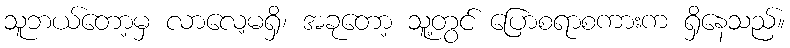
သူဘယ်တော့မှ လာလေ့မရှိ၊ အခုတော့ သူ့တွင် ပြောစရာစကားက ရှိနေသည်။